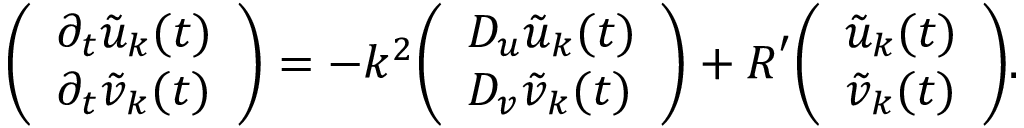
{ \left( \begin{array} { l } { \partial _ { t } { \tilde { u } } _ { \boldsymbol { k } } ( t ) } \\ { \partial _ { t } { \tilde { v } } _ { \boldsymbol { k } } ( t ) } \end{array} \right) } = - k ^ { 2 } { \left( \begin{array} { l } { D _ { u } { \tilde { u } } _ { \boldsymbol { k } } ( t ) } \\ { D _ { v } { \tilde { v } } _ { \boldsymbol { k } } ( t ) } \end{array} \right) } + { \boldsymbol { R } } ^ { \prime } { \left( \begin{array} { l } { { \tilde { u } } _ { \boldsymbol { k } } ( t ) } \\ { { \tilde { v } } _ { \boldsymbol { k } } ( t ) } \end{array} \right) } .